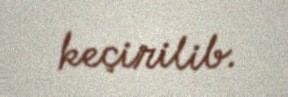
keçirilib.